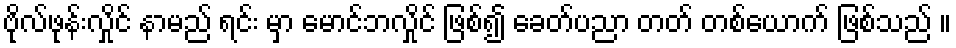
ဗိုလ်ဖုန်းလှိုင် နာမည် ရင်း မှာ မောင်ဘလှိုင် ဖြစ်၍ ခေတ်ပညာ တတ် တစ်ယောက် ဖြစ်သည် ။